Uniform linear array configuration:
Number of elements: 24
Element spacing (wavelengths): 1
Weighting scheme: blackman
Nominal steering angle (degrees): -60
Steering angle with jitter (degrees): -60.489
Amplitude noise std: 0.05
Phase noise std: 0.05

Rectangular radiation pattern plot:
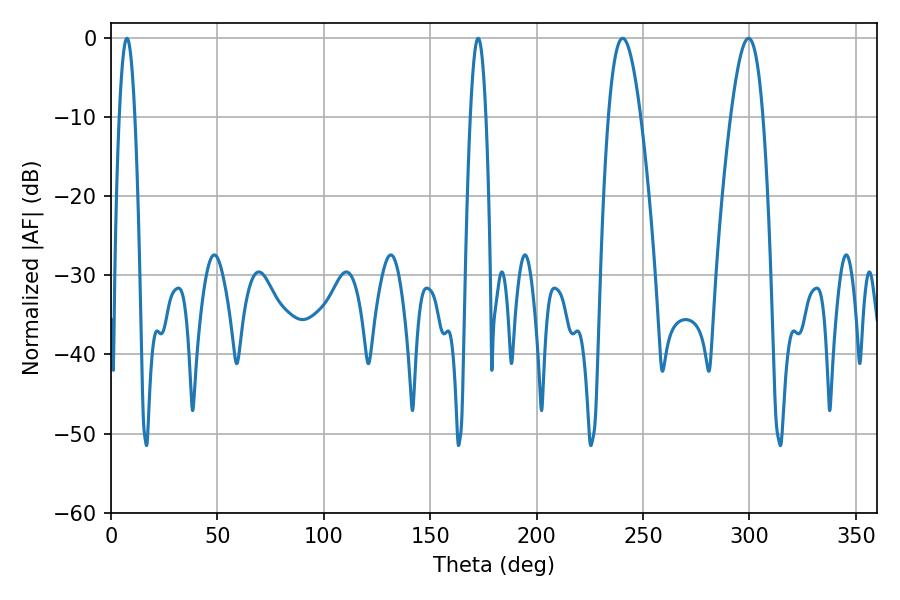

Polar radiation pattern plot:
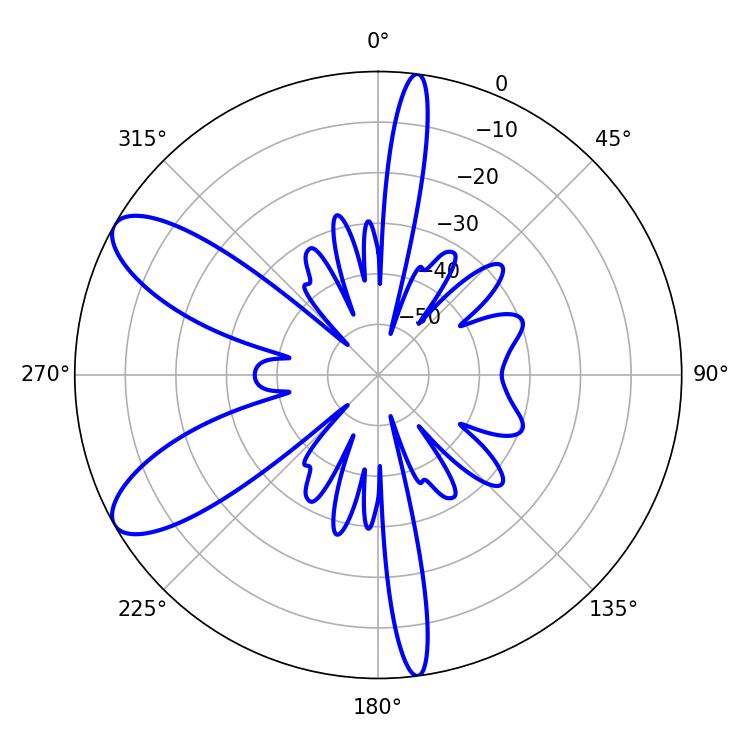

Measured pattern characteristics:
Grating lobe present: TRUE
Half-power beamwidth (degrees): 8.28
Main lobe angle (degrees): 240.48